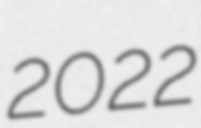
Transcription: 2022